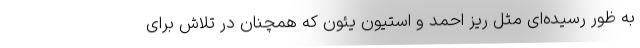
به ظور رسیده‌ای مثل ریز احمد و استیون یئون که همچنان در تلاش برای